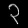
Digit: ၃